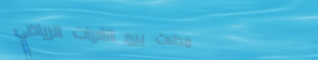
محلات بيع الأدوات الرياضي